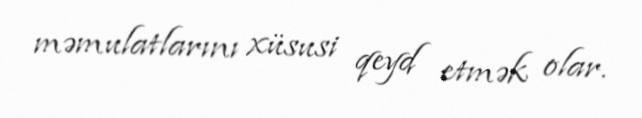
məmulatlarını xüsusi qeyd etmək olar.